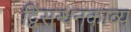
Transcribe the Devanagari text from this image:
द्विसन्धनकाव्य